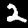
Digit: 2